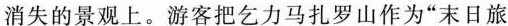
消失的景观上。游客把乞力马扎罗山作为”末日旅